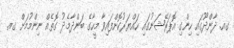
ގއ. ދާންދޫގައި ހިންގި އޮޕަރޭޝަނުގައި ހައްޔަރުކޮށްފައިވާ މީހާގެ ބަންދާމެދު ގޮތެއް ނިންމުމަށް ގއ.